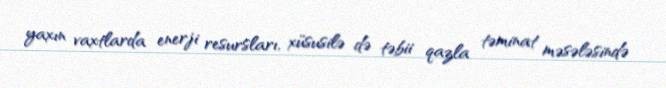
yaxın vaxtlarda enerji resursları, xüsusilə də təbii qazla təminat məsələsində